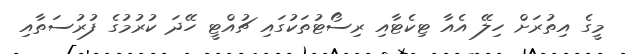
މީގެ އިތުރަށް ހިލޭ އެއާ ޓިކެޓާއި ރިސޯޓުތަކުގައި ޗުއްޓީ ހޭދަ ކުރުމުގެ ފުރުސަތާއި